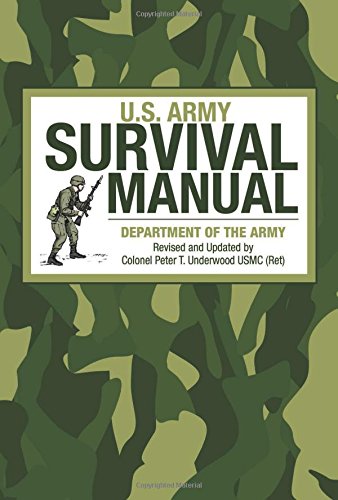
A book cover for U.S. Army Survival Manual; Army; Sports & Outdoors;